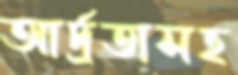
আর্দ্রতাসহ